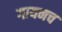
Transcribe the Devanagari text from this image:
गायनच